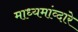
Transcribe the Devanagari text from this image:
माध्यमांव्दारे